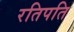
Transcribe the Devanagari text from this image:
रतिपति